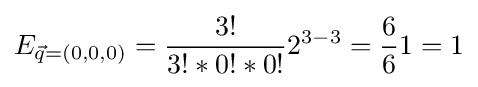
E_{{\vec {q}}=(0,0,0)}={\frac {3!}{3!*0!*0!}}2^{3-3}={\frac {6}{6}}1=1